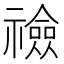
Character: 𥜋